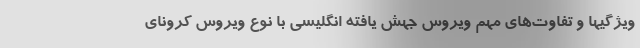
ویژگیها و تفاوت‌های مهم ویروس جهش یافته انگلیسی با نوع ویروس کرونای